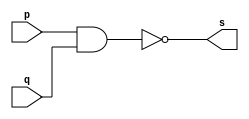
//--------------------- 
// Exercicio0004 -- NAND com propriedade de morgan
// Nome: Felipe Barros
//--------------------

module nandgate (output s, input p, input q);

assign s= ~(p&q);

endmodule

module nandmorgan (output s1, input p1, input q1);
assign s1= ~p1 | ~q1;

endmodule



//--------- teste nand

module testnandgate;
reg a, b;
wire s, s1;

nandgate NAND1 (s, a, b);
nandmorgan MORGAN (s1, a, b);
initial begin: start
a=0; b=0;
end

//-- parte principal
initial begin

$display ("teste nand e morgan de nand");
$display (" s=~(a.b)  e s1=~a+~b ");
$display  ("\na b  s  s1\n");
a=0; b=0;
#1 $display ("%b %b  %b %b", a, b, s, s1);
a=0; b=1;
#1 $display ("%b %b  %b %b ", a, b, s, s1);
a=1; b=0;
#1 $display ("%b %b  %b %b ", a, b, s, s1);
a=1;b=1;
#1 $display ("%b %b  %b %b ", a, b, s, s1);

end
endmodule